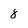
Character: 8